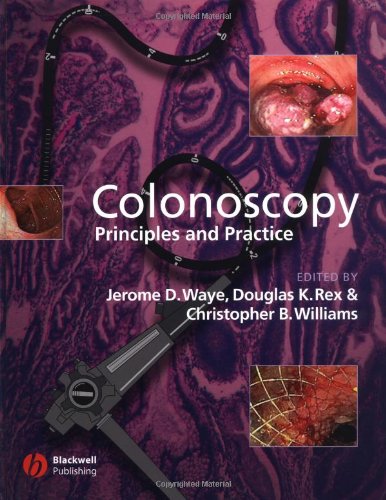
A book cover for Colonoscopy: Principles and Practice; Medical Books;